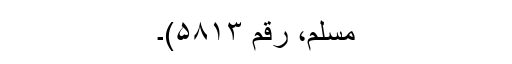
مسلم، رقم ۵۸۱۳)۔